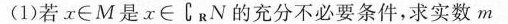
（1）若x\in M 是x\in C_{R}N 的充分不必要条件，求实数m